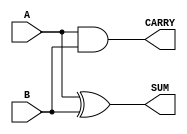
module parameterized_half_adder #(
    parameter WIDTH = 1  // Default parameter value set to 1
) (
    input  [WIDTH-1:0] A, // Input A with specified width
    input  [WIDTH-1:0] B, // Input B with specified width
    output reg [WIDTH-1:0] SUM,  // SUM output
    output reg [WIDTH-1:0] CARRY  // CARRY output
);

    // Always block to perform the addition logic
    always @(*) begin
        // Calculate the SUM and CARRY using bitwise operations
        SUM   = A ^ B;     // SUM is A XOR B
        CARRY = A & B;     // CARRY is A AND B
    end

endmodule